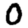
Digit: 0